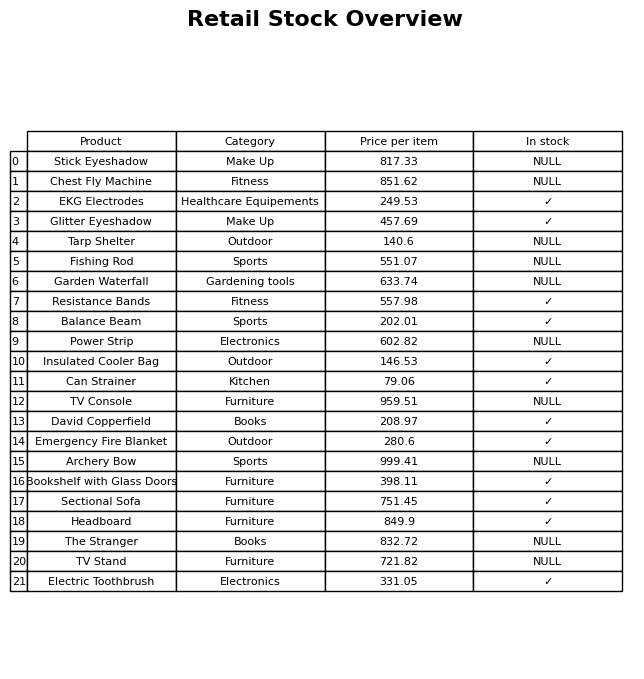
question: What category does the Insulated Cooler Bag belong to?
answer: Outdoor